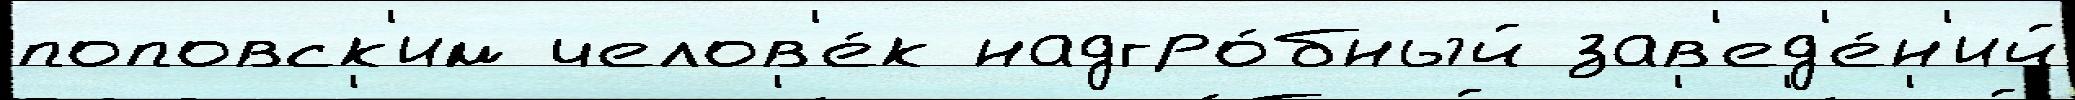
поповск'им челов'е́к надгро́бный зав'ед'е́н'ий